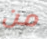
من